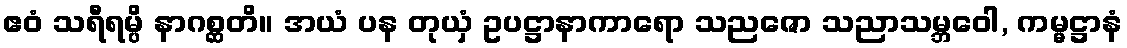
ဧဝံ သရီရမ္ပိ နာဂစ္ဆတိ။ အယံ ပန တုယှံ ဥပဋ္ဌာနာကာရော သညဇော သညာသမ္ဘဝေါ, ကမ္မဋ္ဌာနံ